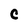
Character: C